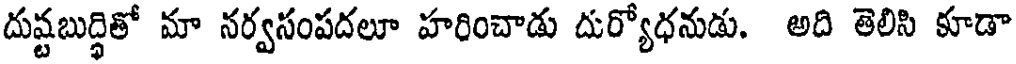
దుష్టబుద్ధితో మా నర్వసంపదలూ హరించాడు దుర్యోధనుడు. అది తెలిసి కూడా